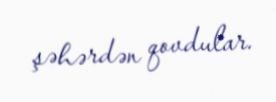
şəhərdən qovdular.